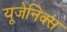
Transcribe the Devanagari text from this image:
यूजेनिक्स